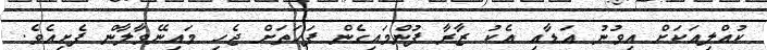
ކުއްލިއަކަށް އިވުނު އަޑާއި އެކު ޒާރާ ފުންމައިގެން ފަހަތަށް ޖެހި މައިނޭވާލާން ފެށިއެވެ.